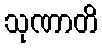
သုဏာတိ